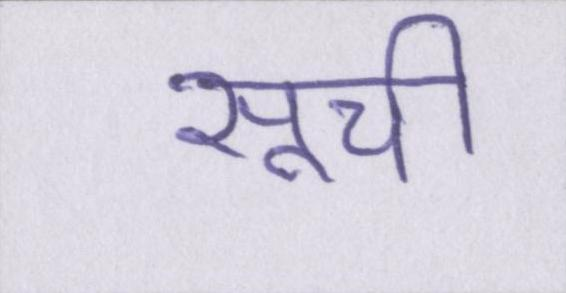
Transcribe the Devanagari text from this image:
सूची